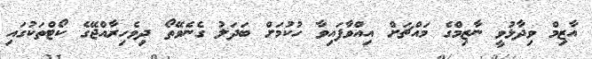
އާޒިމް ވިދާޅުވީ ނާޒިމްގެ މައްޗަށް އިއްވާފައިވާ ހުކުމަށް ބަދަލު ގެނެވޭތޯ ދިވެހިރާއްޖޭގެ ކޯޓްތަކުގައި